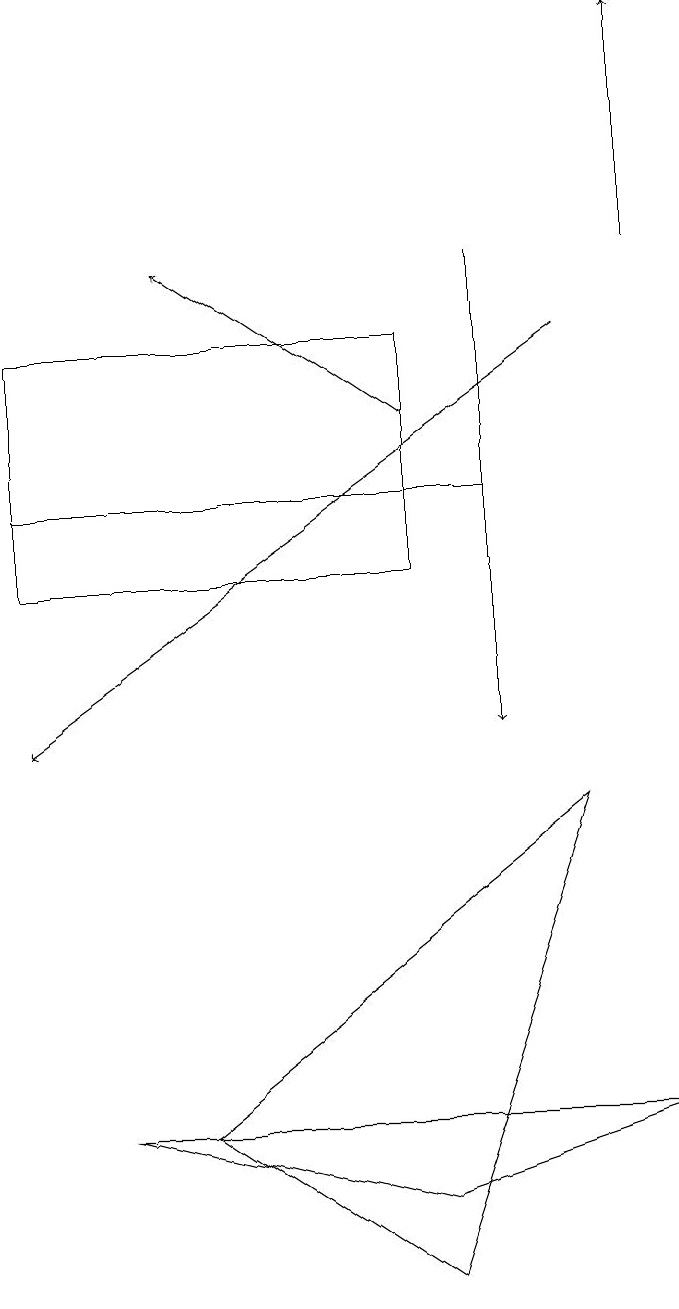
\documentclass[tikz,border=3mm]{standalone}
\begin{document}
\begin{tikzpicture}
\draw[->] (9,16) -- (9,19);
\draw[->] (8,15) -- (1,10);
\draw[->] (7,16) -- (7,10);
\draw[->] (6,14) -- (3,16);
\draw (6,12) rectangle (1,15);
\draw (8,9) -- (3,5) -- (6,3) -- cycle;
\draw (7,13) rectangle (1,13);
\draw (6,4) -- (2,5) -- (9,5) -- cycle;
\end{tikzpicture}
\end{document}